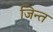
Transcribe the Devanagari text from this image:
जिन्त